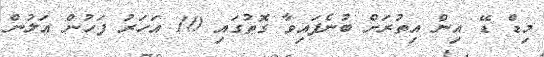
މިޑް ޑޭ އިން އިތުރަށް ބުނެފައިވާ ގޮތުގައި 10 އަހަރު ފަހުން އަލުން